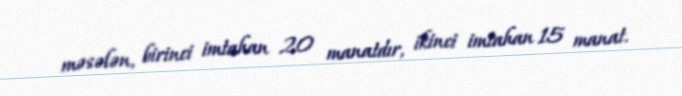
məsələn, birinci imtahan 20 manatdır, ikinci imtahan 15 manat.